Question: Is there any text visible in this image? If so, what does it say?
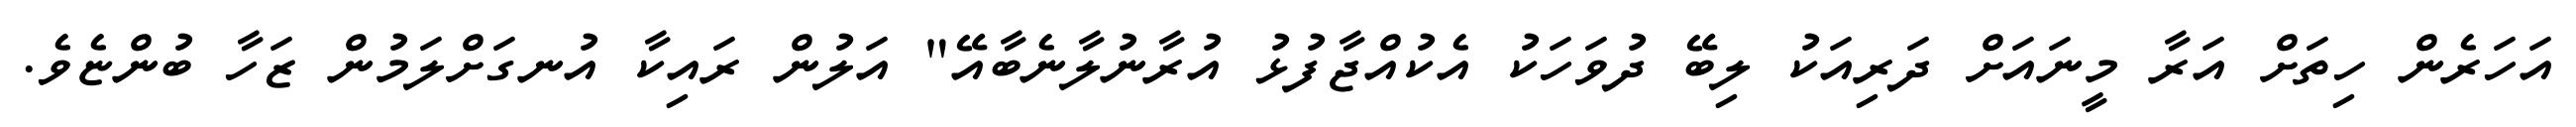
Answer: އަހަރެން ހިތަށް އަރާ މީނައަށް ދަރިއަކު ލިބޭ ދުވަހަކު އެކުއްޖާފުޅު އުރާނުލާނެބާއޭ" އަލުން ރައިކާ އުނގަށްލަމުން ޒަހާ ބުންޏެވެ.